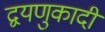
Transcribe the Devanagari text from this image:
द्वयणुकादी